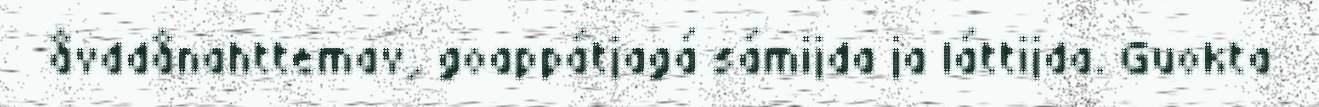
åvddånahttemav, goappátjagá sámijda ja láttijda. Guokta